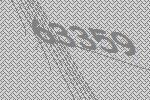
63359